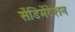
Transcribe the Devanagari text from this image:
सेंडिमेंटेशन